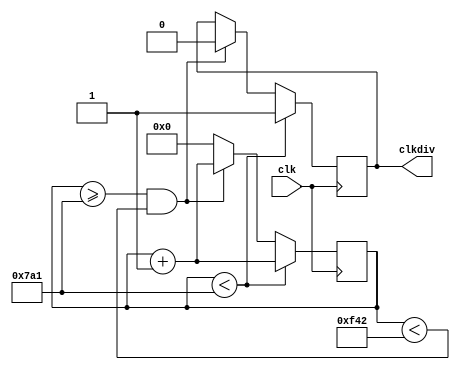
module Frequencydivider #(
      parameter required_clk_frequency = 128000, //default frequency value obtained at the output of the frequency divider circuit, 
		parameter clk_frequency = 500000000    // default input clock frequency.
		)(                                    // Parameter values can be changed according to the user requirements
		  input clk,
		  output reg clkdiv
		  );
//**********************************************************************************************************
//if we required ceil of the calculated count then we can use the below logic.
//**********************************************************************************************************

//**********************************************************************************************************		  
// ceil value		  
//localparam integer clkcycle = ((clk_frequency + required_clk_frequency - 1) / required_clk_frequency); 
//**********************************************************************************************************


//floor value
localparam integer clkcycle = clk_frequency / required_clk_frequency; // to count the number of single cycles
reg[10:0] counter = 0; // initialize the counter value to zero


always @(posedge clk) begin                         //for every positive edge of the clock
    if (counter < (clkcycle / 2)) begin
	     counter <= counter + 1;                     // Increment the counter value
		  clkdiv <= 1;                                // Set the output clk to high upto half of the claculated clkcycle value
		  end
	  else if (counter >= (clkcycle / 2) && counter < clkcycle ) begin  // to check if it is less than clkcycle and greater than half of clkcycle
	      counter <= counter + 1;                    // Increment the counter value
			clkdiv <= 0;                               // Set output to zero for next half of the cycle
			end
		else begin
		    counter <= 0;
		end
end
endmodule